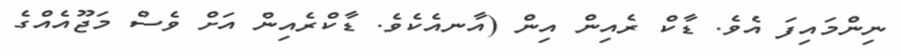
ނިންމައިފަ އެވެ. ޑާކް ރެއިން އިން (އާނއެކެވެ. ޑާކްރެއިން އަށް ވެސް މަޖޫއެއްގެ